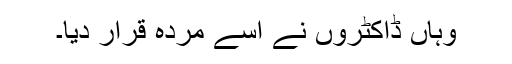
وہاں ڈاکٹروں نے اسے مردہ قرار دیا۔